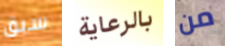
سبق بالرعاية من